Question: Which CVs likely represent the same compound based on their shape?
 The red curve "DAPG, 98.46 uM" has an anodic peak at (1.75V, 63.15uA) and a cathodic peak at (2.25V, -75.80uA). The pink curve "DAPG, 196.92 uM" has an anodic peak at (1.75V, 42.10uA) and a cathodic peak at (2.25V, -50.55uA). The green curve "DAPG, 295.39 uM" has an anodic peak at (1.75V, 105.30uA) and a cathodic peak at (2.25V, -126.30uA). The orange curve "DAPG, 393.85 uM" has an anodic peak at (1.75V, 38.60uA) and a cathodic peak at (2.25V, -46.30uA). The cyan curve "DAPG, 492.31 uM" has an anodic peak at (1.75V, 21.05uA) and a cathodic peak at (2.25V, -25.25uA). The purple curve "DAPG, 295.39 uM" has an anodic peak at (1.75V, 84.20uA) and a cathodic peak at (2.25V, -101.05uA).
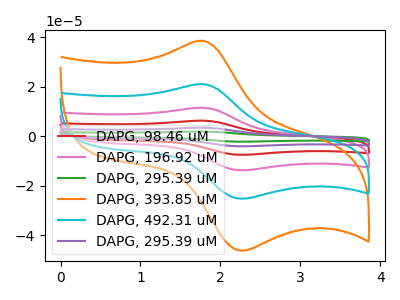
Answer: <think>All the peaks in "DAPG, 98.46 uM" have a peak in "DAPG, 196.92 uM" at the same potential. Every peak in "DAPG, 98.46 uM" is higher than every peak in "DAPG, 196.92 uM". All the peaks in "DAPG, 98.46 uM" have a peak in "DAPG, 295.39 uM" at the same potential. Every peak in "DAPG, 98.46 uM" is lower than every peak in "DAPG, 295.39 uM". All the peaks in "DAPG, 98.46 uM" have a peak in "DAPG, 393.85 uM" at the same potential. Every peak in "DAPG, 98.46 uM" is higher than every peak in "DAPG, 393.85 uM". All the peaks in "DAPG, 98.46 uM" have a peak in "DAPG, 492.31 uM" at the same potential. Every peak in "DAPG, 98.46 uM" is higher than every peak in "DAPG, 492.31 uM". All the peaks in "DAPG, 98.46 uM" have a peak in "DAPG, 295.39 uM" at the same potential. Every peak in "DAPG, 98.46 uM" is lower than every peak in "DAPG, 295.39 uM". All the peaks in "DAPG, 196.92 uM" have a peak in "DAPG, 295.39 uM" at the same potential. Every peak in "DAPG, 196.92 uM" is lower than every peak in "DAPG, 295.39 uM". All the peaks in "DAPG, 196.92 uM" have a peak in "DAPG, 393.85 uM" at the same potential. Every peak in "DAPG, 196.92 uM" is higher than every peak in "DAPG, 393.85 uM". All the peaks in "DAPG, 196.92 uM" have a peak in "DAPG, 492.31 uM" at the same potential. Every peak in "DAPG, 196.92 uM" is higher than every peak in "DAPG, 492.31 uM". All the peaks in "DAPG, 196.92 uM" have a peak in "DAPG, 295.39 uM" at the same potential. Every peak in "DAPG, 196.92 uM" is lower than every peak in "DAPG, 295.39 uM". All the peaks in "DAPG, 295.39 uM" have a peak in "DAPG, 393.85 uM" at the same potential. Every peak in "DAPG, 295.39 uM" is higher than every peak in "DAPG, 393.85 uM". All the peaks in "DAPG, 295.39 uM" have a peak in "DAPG, 492.31 uM" at the same potential. Every peak in "DAPG, 295.39 uM" is higher than every peak in "DAPG, 492.31 uM". All the peaks in "DAPG, 295.39 uM" have a peak in "DAPG, 295.39 uM" at the same potential. Every peak in "DAPG, 295.39 uM" is higher than every peak in "DAPG, 295.39 uM". All the peaks in "DAPG, 393.85 uM" have a peak in "DAPG, 492.31 uM" at the same potential. Every peak in "DAPG, 393.85 uM" is higher than every peak in "DAPG, 492.31 uM". All the peaks in "DAPG, 393.85 uM" have a peak in "DAPG, 295.39 uM" at the same potential. Every peak in "DAPG, 393.85 uM" is lower than every peak in "DAPG, 295.39 uM". All the peaks in "DAPG, 492.31 uM" have a peak in "DAPG, 295.39 uM" at the same potential. Every peak in "DAPG, 492.31 uM" is lower than every peak in "DAPG, 295.39 uM".
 </think>
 <answer>"DAPG, 393.85 uM", "DAPG, 98.46 uM", "DAPG, 196.92 uM", "DAPG, 295.39 uM", "DAPG, 492.31 uM" and "DAPG, 295.39 uM" have the same shape and are likely CV's of the same chemical.</answer>
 <eval>"DAPG, 393.85 uM" "DAPG, 98.46 uM" "DAPG, 196.92 uM" "DAPG, 295.39 uM" "DAPG, 492.31 uM" "DAPG, 295.39 uM"</eval>